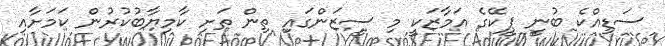
ސަޑިއްކެ ބުނީ ޕީކޭގެ އަމާޒަކީ މި ސީޒަންގައި ތިން ތަށި ކާމިޔާބުކުރުން ކަމަށާއި